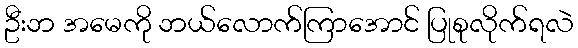
ဦးဘ အမေကို ဘယ်လောက်ကြာအောင် ပြုစုလိုက်ရလဲ